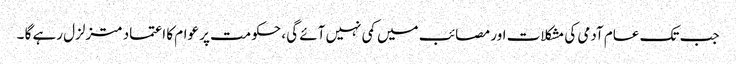
جب تک عام آدمی کی مشکلات اور مصائب میں کمی نہیں آئے گی ، حکومت پر عوام کا اعتماد متزلزل رہے گا ۔